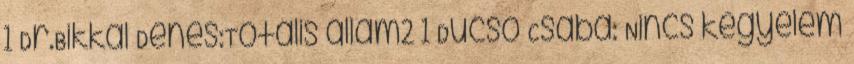
1 Dr.Bikkal Dénes:Totális állam2 1 Dücső Csaba: Nincs kegyelem